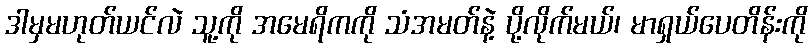
ဒါမှမဟုတ်ယင်လဲ သူ့ကို အမေရိကကို သံအမတ်နဲ့ ပို့လိုက်မယ်၊ မာရှယ်ပေတိန်းကို